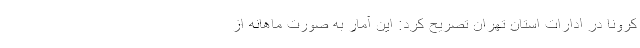
کرونا در ادارات استان تهران تصریح کرد: این آمار به صورت ماهانه از